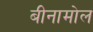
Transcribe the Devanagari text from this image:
बीनामोल